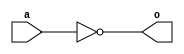
module array_inverter(output reg [0:15]o,input [0:15]a);
always@(a)
begin
o=~a;
end
endmodule